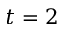
t = 2